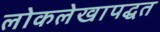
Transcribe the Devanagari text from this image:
लोकलेखापद्धत